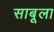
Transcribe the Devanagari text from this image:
साबूला